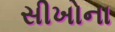
સીખોના